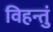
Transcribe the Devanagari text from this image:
विहन्तुं